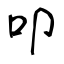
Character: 叩